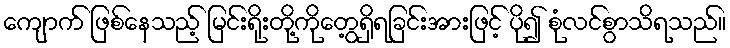
ကျောက် ဖြစ်နေသည့် မြင်းရိုးတို့ကိုတွေ့ရှိရခြင်းအားဖြင့် ပို၍ စုံလင်စွာသိရသည်။